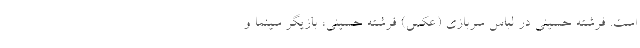
است. فرشته حسینی در لباس سربازی (عکس) فرشته حسینی، بازیگر سینما و